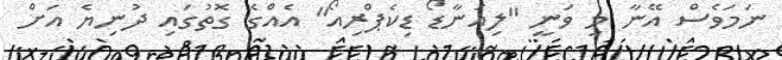
ނަމަވެސް އޭނާ މި ވަނީ "ލިއަނާޑޯ ޑިކެޕްރިއޯ" އެއްގެ ގޮތުގައި ދުނިޔެ އަށް